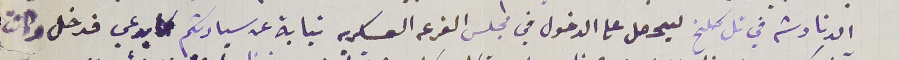
الدنادشه في تل كلخ ليحصل على الدخول في مجلس الفرعه العسكريه نيابة عن سيادتكم كما يدعي فدخل وكانت